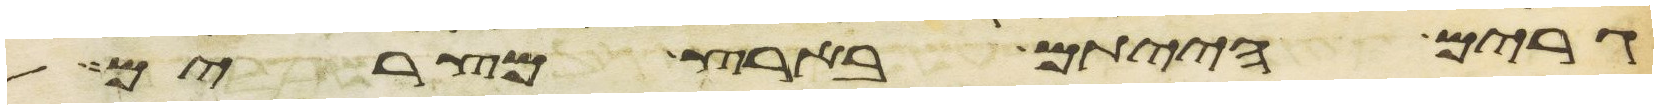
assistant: גרים הייתם בארץ מצרים